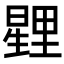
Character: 𭧰